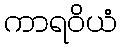
ကာရဝိယံ